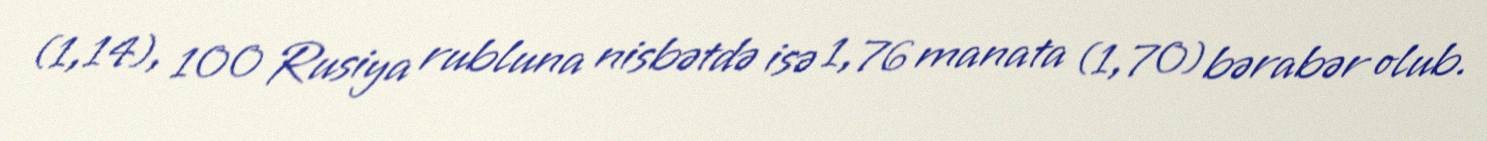
(1,14), 100 Rusiya rubluna nisbətdə isə 1,76 manata (1,70) bərabər olub.